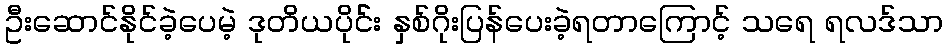
ဦးဆောင်နိုင်ခဲ့ပေမဲ့ ဒုတိယပိုင််း နှစ်ဂိုးပြန်ပေးခဲ့ရတာကြောင့် သရေ ရလဒ်သာ